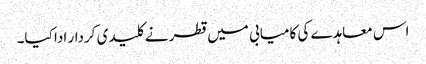
اس معاہدے کی کامیابی میں قطر نے کلیدی کردار ادا کیا۔